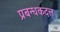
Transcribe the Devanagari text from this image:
प्रबन्धकदल